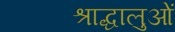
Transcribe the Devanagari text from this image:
श्राद्धालुओं